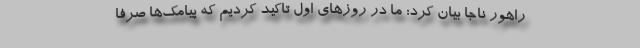
راهور ناجا بیان کرد: ما در روز‌های اول تاکید کردیم که پیامک‌ها صرفا